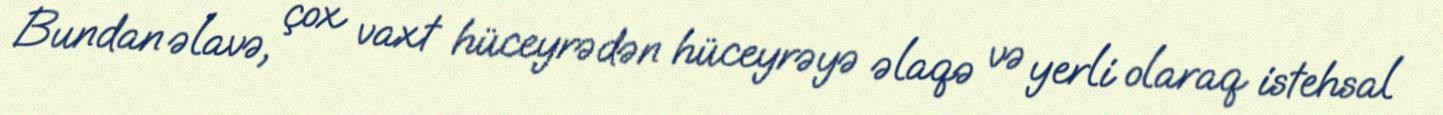
Bundan əlavə, çox vaxt hüceyrədən hüceyrəyə əlaqə və yerli olaraq istehsal